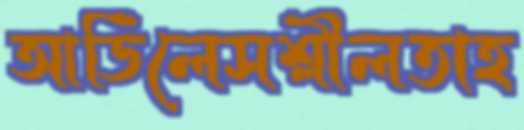
আর্ডিলেসশ্লীলতাহ